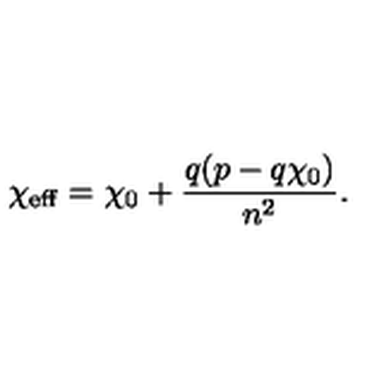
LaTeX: \chi _ { \mathrm { e f f } } = \chi _ { 0 } + \frac { q ( p - q \chi _ { 0 } ) } { n ^ { 2 } } .